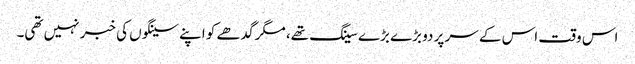
اس وقت اس کے سر پر دو بڑے بڑے سینگ تھے، مگر گدھے کو اپنے سینگوں کی خبر نہیں تھی۔